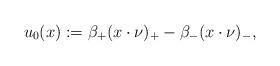
LaTeX: \begin{align*}u_0(x):=\beta_+(x\cdot\nu)_+-\beta_-(x\cdot\nu)_-,\end{align*}